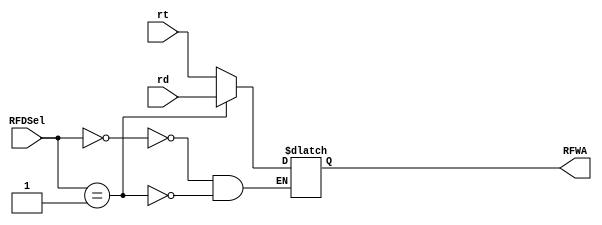
module Mux2(RFWA, RFDSel,rt,rd);
/*
Mux2 M2(.RFWA(RFWA),.RFDSel(RFDSel),.rt(rt),.rd(rd));
*/
input [4:0] rt,rd;
input [1:0] RFDSel;
output reg [4:0] RFWA;
always @(rt,rd,RFDSel)
begin
 case(RFDSel)
 0: RFWA <= rt;
 1: RFWA <= rd;
 endcase
end
endmodule